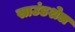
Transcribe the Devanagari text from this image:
साउंडशेल